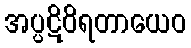
အပ္ပဋိဝိရတာယေဝ